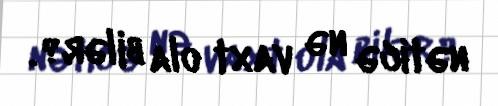
nəticə nə vaxt ola bilər?.